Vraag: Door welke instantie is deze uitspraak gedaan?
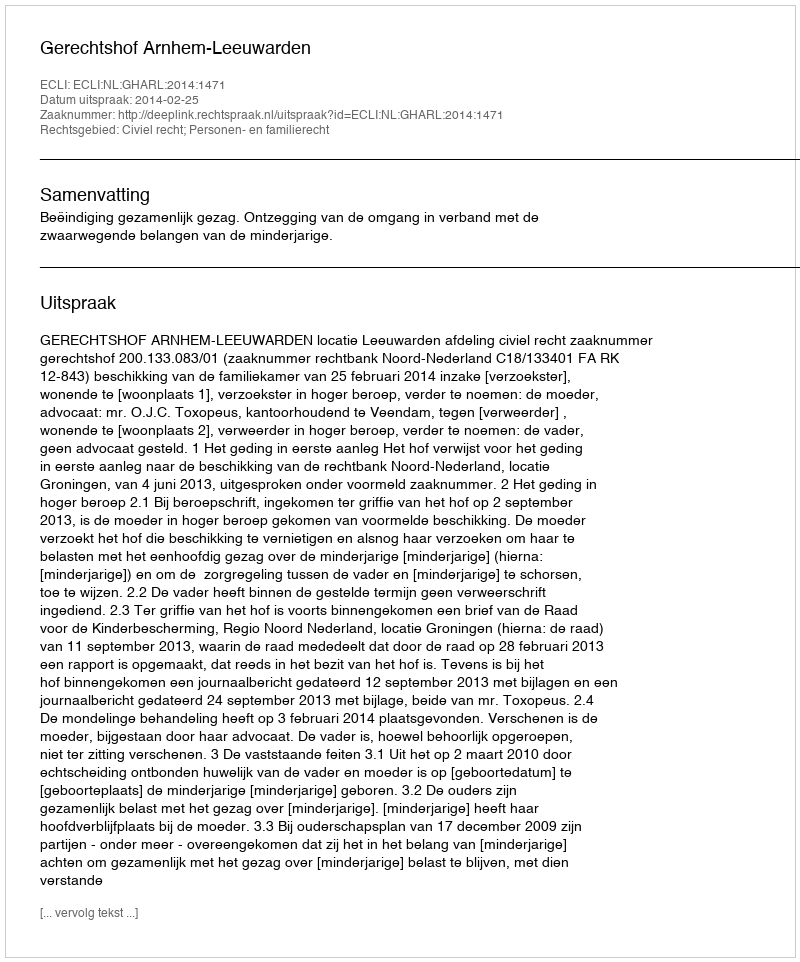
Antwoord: Gerechtshof Arnhem-Leeuwarden